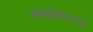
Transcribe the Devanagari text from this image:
ओस्ट्रेलियाच्या